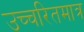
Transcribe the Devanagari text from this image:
उच्चरितमात्र